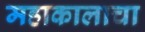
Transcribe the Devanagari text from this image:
महाकालाचा